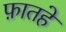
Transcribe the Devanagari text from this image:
फ़ातहे